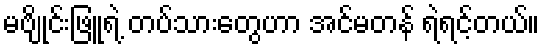
မဗျိုင်းဖြူရဲ့ တပ်သားတွေဟာ အင်မတန် ရဲရင့်တယ်။